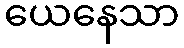
ယေနေသာ